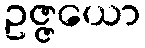
ဥဇ္ဇယော